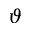
\displaystyle \vartheta